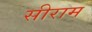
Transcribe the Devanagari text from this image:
सीराम